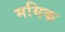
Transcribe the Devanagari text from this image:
ममिक